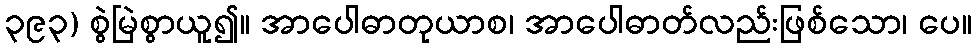
၃၉၃) စွဲမြဲစွာယူ၍။ အာပေါဓာတုယာစ၊ အာပေါဓာတ်လည်းဖြစ်သော၊ ပေ။